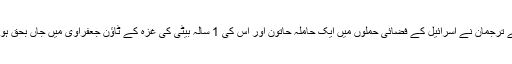
غزہ کی وزارت صحت کے ترجمان نے اسرائیل کے فضائی حملوں میں ایک حاملہ حاتون اور اس کی 1 سالہ بیٹی کی ٖغزہ کے ٹاؤن جعفراوی میں جاں بحق ہونے کی تصدیق کردی ہے۔